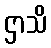
ဌာသိ